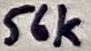
Text: 56k